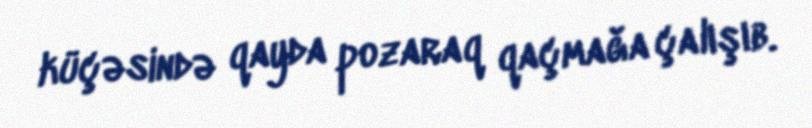
küçəsində qayda pozaraq qaçmağa çalışıb.